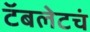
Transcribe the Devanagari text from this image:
टॅबलेटचं